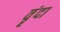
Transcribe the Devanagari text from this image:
वॄंदा